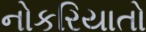
નોકરિયાતો